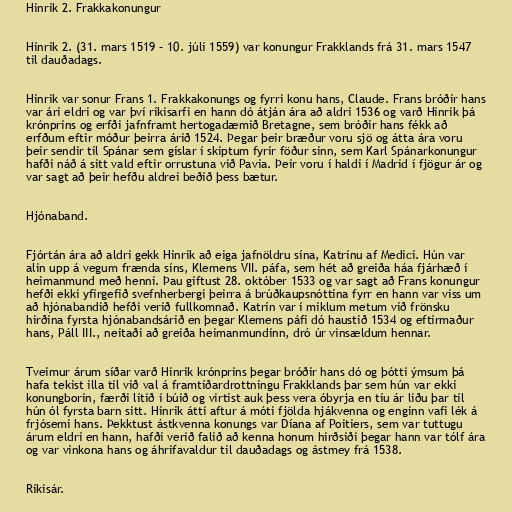
Hinrik 2. Frakkakonungur

Hinrik 2. (31. mars 1519 – 10. júlí 1559) var konungur Frakklands frá 31. mars 1547
til dauðadags.

Hinrik var sonur Frans 1. Frakkakonungs og fyrri konu hans, Claude. Frans bróðir hans
var ári eldri og var því ríkisarfi en hann dó átján ára að aldri 1536 og varð Hinrik þá
krónprins og erfði jafnframt hertogadæmið Bretagne, sem bróðir hans fékk að
erfðum eftir móður þeirra árið 1524. Þegar þeir bræður voru sjö og átta ára voru
þeir sendir til Spánar sem gíslar í skiptum fyrir föður sinn, sem Karl Spánarkonungur
hafði náð á sitt vald eftir orrustuna við Pavia. Þeir voru í haldi í Madrid í fjögur ár og
var sagt að þeir hefðu aldrei beðið þess bætur.

Hjónaband.

Fjórtán ára að aldri gekk Hinrik að eiga jafnöldru sína, Katrínu af Medici. Hún var
alin upp á vegum frænda síns, Klemens VII. páfa, sem hét að greiða háa fjárhæð í
heimanmund með henni. Þau giftust 28. október 1533 og var sagt að Frans konungur
hefði ekki yfirgefið svefnherbergi þeirra á brúðkaupsnóttina fyrr en hann var viss um
að hjónabandið hefði verið fullkomnað. Katrín var í miklum metum við frönsku
hirðina fyrsta hjónabandsárið en þegar Klemens páfi dó haustið 1534 og eftirmaður
hans, Páll III., neitaði að greiða heimanmundinn, dró úr vinsældum hennar.

Tveimur árum síðar varð Hinrik krónprins þegar bróðir hans dó og þótti ýmsum þá
hafa tekist illa til við val á framtíðardrottningu Frakklands þar sem hún var ekki
konungborin, færði lítið í búið og virtist auk þess vera óbyrja en tíu ár liðu þar til
hún ól fyrsta barn sitt. Hinrik átti aftur á móti fjölda hjákvenna og enginn vafi lék á
frjósemi hans. Þekktust ástkvenna konungs var Díana af Poitiers, sem var tuttugu
árum eldri en hann, hafði verið falið að kenna honum hirðsiði þegar hann var tólf ára
og var vinkona hans og áhrifavaldur til dauðadags og ástmey frá 1538.

Ríkisár.